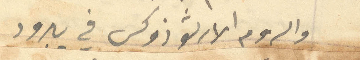
والروم الارثوذوكس في يبرود